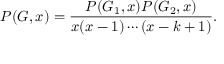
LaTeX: P ( G , x ) = { \frac { P ( G _ { 1 } , x ) P ( G _ { 2 } , x ) } { x ( x - 1 ) \cdots ( x - k + 1 ) } } .